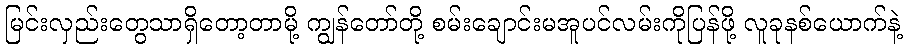
မြင်းလှည်းတွေသာရှိတော့တာမို့ ကျွန်တော်တို့ စမ်းချောင်းမအူပင်လမ်းကိုပြန်ဖို့ လူခုနစ်ယောက်နဲ့